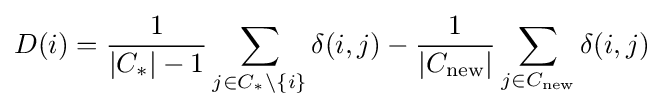
D(i)={\frac {1}{|C_{*}|-1}}\sum _{j\in C_{*}\setminus \{i\}}\delta (i,j)-{\frac {1}{|C_{\textrm {new}}|}}\sum _{j\in C_{\textrm {new}}}\delta (i,j)